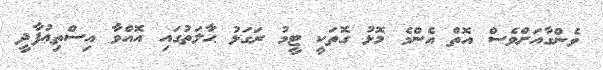
ވެންގާއަށްވެސް އޮތް އެންމެ މޮޅު ގޮތަކީ ޓީމު ރަގަޅު ޙާލަތުގައި އޮއްވާ އިސްތިޢުފާދީ